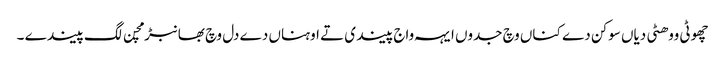
چھوٹی ووھٹی دیاں سوکن دے کناں وچ جدوں ایہہ واج پیندی تے اوہناں دے دل وچ بھانبڑ مچن لگ پیندے ۔